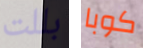
بللت كوبا